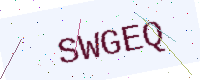
Text: SWGEQ